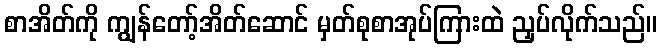
စာအိတ်ကို ကျွန်တော့်အိတ်ဆောင် မှတ်စုစာအုပ်ကြားထဲ ညှပ်လိုက်သည်။